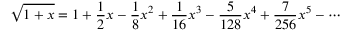
{ \sqrt { 1 + x } } = 1 + { \frac { 1 } { 2 } } x - { \frac { 1 } { 8 } } x ^ { 2 } + { \frac { 1 } { 1 6 } } x ^ { 3 } - { \frac { 5 } { 1 2 8 } } x ^ { 4 } + { \frac { 7 } { 2 5 6 } } x ^ { 5 } - \cdots